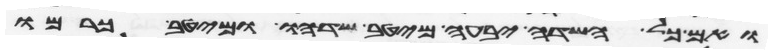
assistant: ואם כל השדה יבעה מיטב שדהו ומיטב כרמו